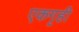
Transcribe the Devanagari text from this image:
एकगृही